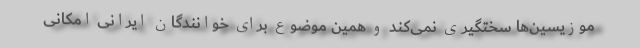
موزیسین‌ها سختگیری نمی‌کند و همین موضوع برای خوانندگان ایرانی امکانی